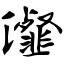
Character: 瀣